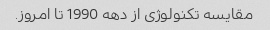
مقایسه تکنولوژی از دهه 1990 تا امروز.